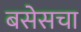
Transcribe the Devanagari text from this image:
बसेसचा